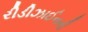
રીડીઝાઈનની